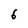
Character: 6